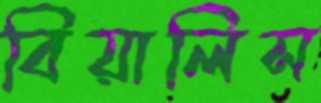
বিয়ালিস